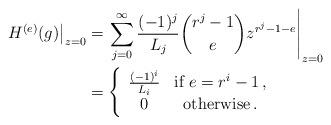
LaTeX: \begin{align*} \left.H^{(e)}(g)\right|_{z=0}&=\left.\sum_{j=0}^\infty\frac{(-1)^j}{L_j}\binom{r^j-1}{e}z^{r^j-1-e}\right|_{z=0} \\&=\left\{\begin{array}{cc}\frac{(-1)^i}{L_i} & \hbox{if }e=r^i-1\,, \\0 & \hbox{otherwise}\,.\end{array}\right.\end{align*}